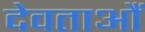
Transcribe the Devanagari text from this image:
देवताऔं